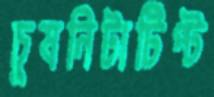
চুষনিটাটিপ্‌ট